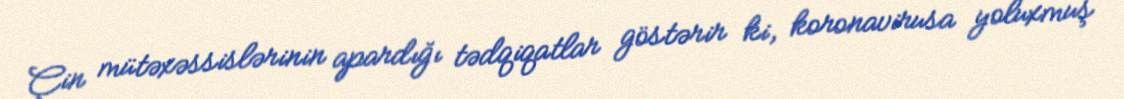
Çin mütəxəssislərinin apardığı tədqiqatlar göstərir ki, koronavirusa yoluxmuş